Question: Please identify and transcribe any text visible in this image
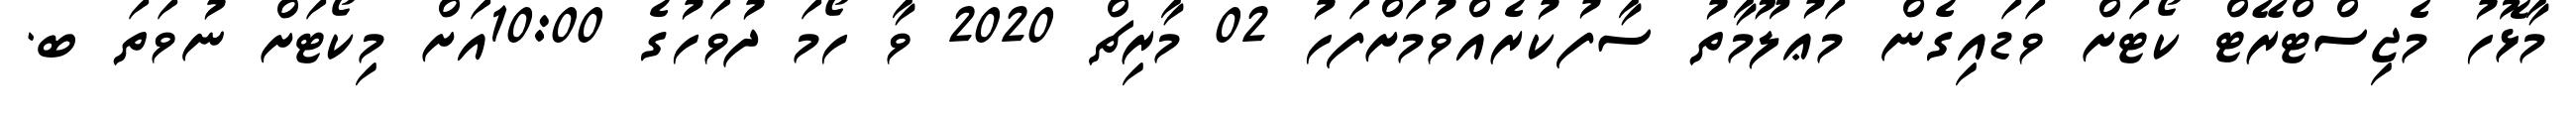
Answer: މާޅޮހު މެޖިސްޓްރޭޓް ކޯޓަށް ވަޑައިގެން މަޢުލޫމާތު ސާފުކުރެއްވުމަށްފަހު 02 މާރިޗް 2020 ވާ ހޯމަ ދުވަހުގެ 10:00އަށް މިކޯޓަށް ނުވަތަ ބ.